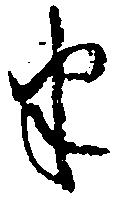
半